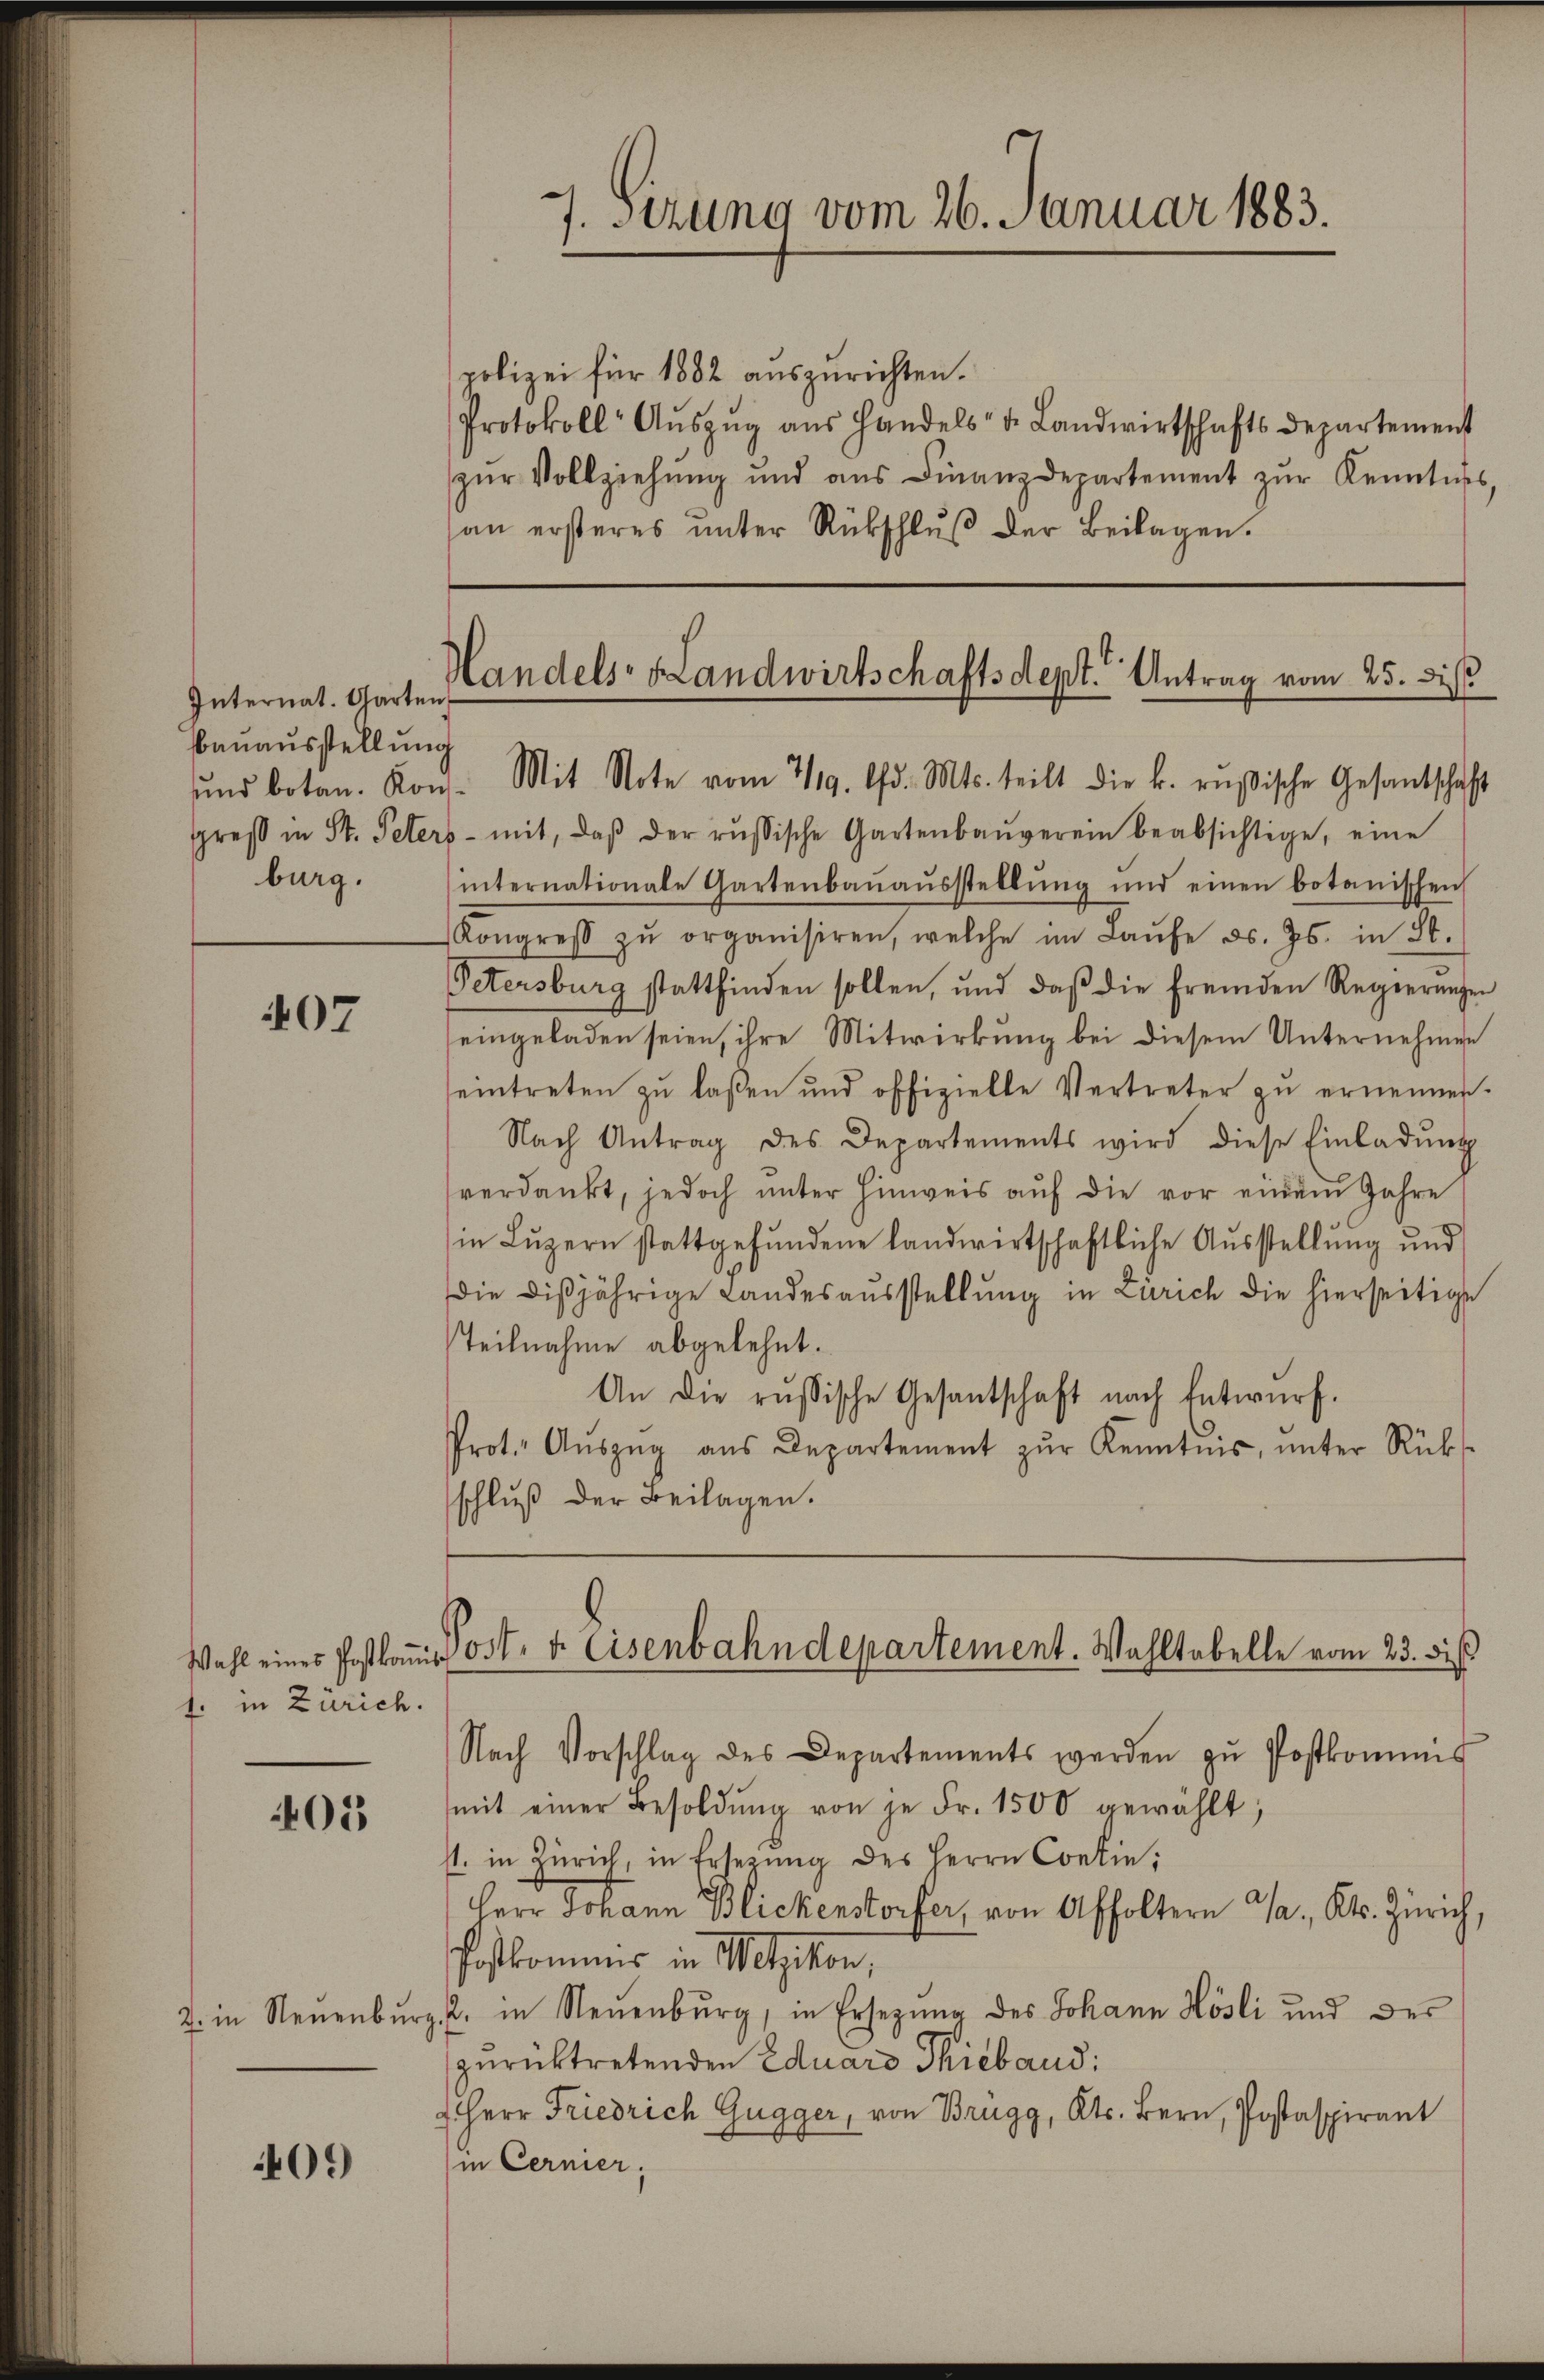
Internat. Garten
Bauausstellung

07

1. in Zürich.

405

2. in Neuenburg.

409

7. Sirung vom 26. Januar 1883.

Handels- Handwirtschaftsdept. Antrag vom 25. di
ŭnd botan. Kons. Mit Note vom 719. d. Mts. teilt die k. rusische Gesantschaft

polizei für 1882 auszurichten.
Protokoll Aŭszŭg aŭs Handels- u. Landwirtschaftsdepartement
zur Vollziehung und aus Finanzdepartement zŭr Kenntnis
an ersteres ŭnter Rückschlŭβ der Beilagen.
gpreβ in St. Peters - mit, daβ der russische Gartenbaŭverein beabsichtige, eine
burg. internationale Gartenbaŭaŭsstellŭng und einen botanischen
Kongreβ zŭ organisiren, welche im Laŭfe d. Js. in St.
Petersburg stattfinden sollen, und daβ die fremden Regierŭngen
eingeladen seien, ihre Mitwirkung bei diesem Unternehmen
eintreten zŭ lassen und offizielle Vertreter zŭ ernennen.
Nach Antrag des Departements wird diese Einladŭng
verdankt, jedoch ŭnter hinweis aŭf die vor einem Jahre
in Lŭzern stattgefŭndene landwirtschaftliche Aŭsstellŭng und
die dißjährige Landesausstellung in Zürich die hierseitige
Teilnahme abgelehnt.
An die russische Gesantschaft nach Entwurf.
Prot. Aŭszŭg aŭs Departement zŭr Kenntnis, ŭnter Rück-
schluß der Beilagen.

Wahl eines Postkaŭs Post- u. Eisenbahndepartement. Wohltobelle vom 23. diß
Nach Vorschlag des Departements werden zŭ Postkommis

mit einer Besoldŭng von je Fr. 1500 gewählt;
st. in Zürich, in Ersetzŭng des Herrn Contin,
Herr Johann Blickenstorfer, von Affoltern d. Kts. Zürich,
Postkommis in Wetzikon,
2. in Neuenburg, in Ersezung des Johann Hösli und der
zurücktretenden Eduard Thieband:
Herr Friedrich Gugger, von Brügg, Kts. Bern, Postaspirant
in Cernier,